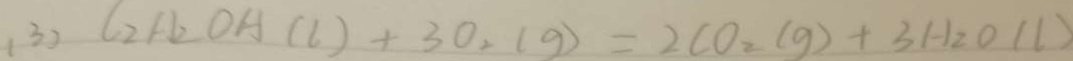
( 3 ) C _ { 2 } H _ { 2 } O H ( l ) + 3 0 _ { 2 } ( g ) = 2 C O _ { 2 } ( g ) + 3 H _ { 2 } O ( l )